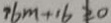
7 6 m + 1 6 \geq 0